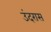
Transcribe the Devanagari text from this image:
उंदरास